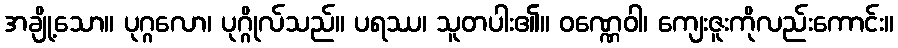
အချို့သော။ ပုဂ္ဂလော၊ ပုဂ္ဂိုလ်သည်။ ပရဿ၊ သူတပါး၏။ ဝဏ္ဏေဝါ၊ ကျေးဇူးကိုလည်းကောင်း။